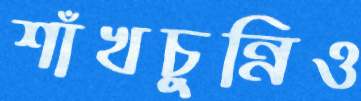
শাঁখচুন্নিও